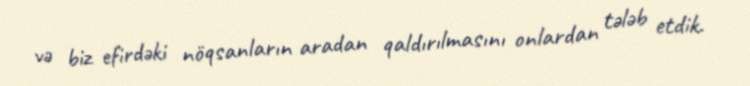
və biz efirdəki nöqsanların aradan qaldırılmasını onlardan tələb etdik.